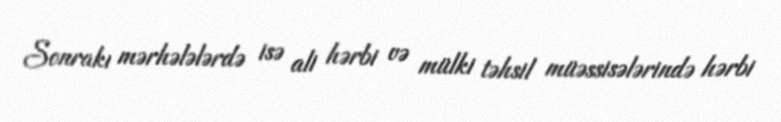
Sonrakı mərhələlərdə isə ali hərbi və mülki təhsil müəssisələrində hərbi